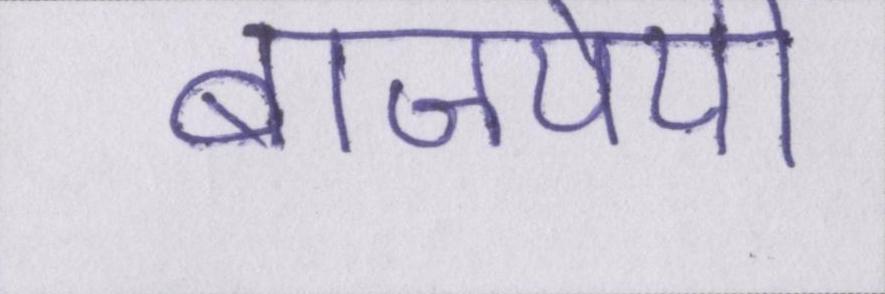
बाजपेयी